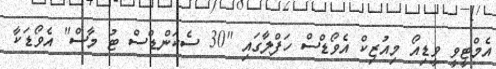
އެމްޓީވީ ވީޑިއޯ މިއުޒިކް އެވޯޑްސް ހަފްލާގައި "30 ސެކަންޑްސް ޓު މާސް" އެވޯޑަކާ